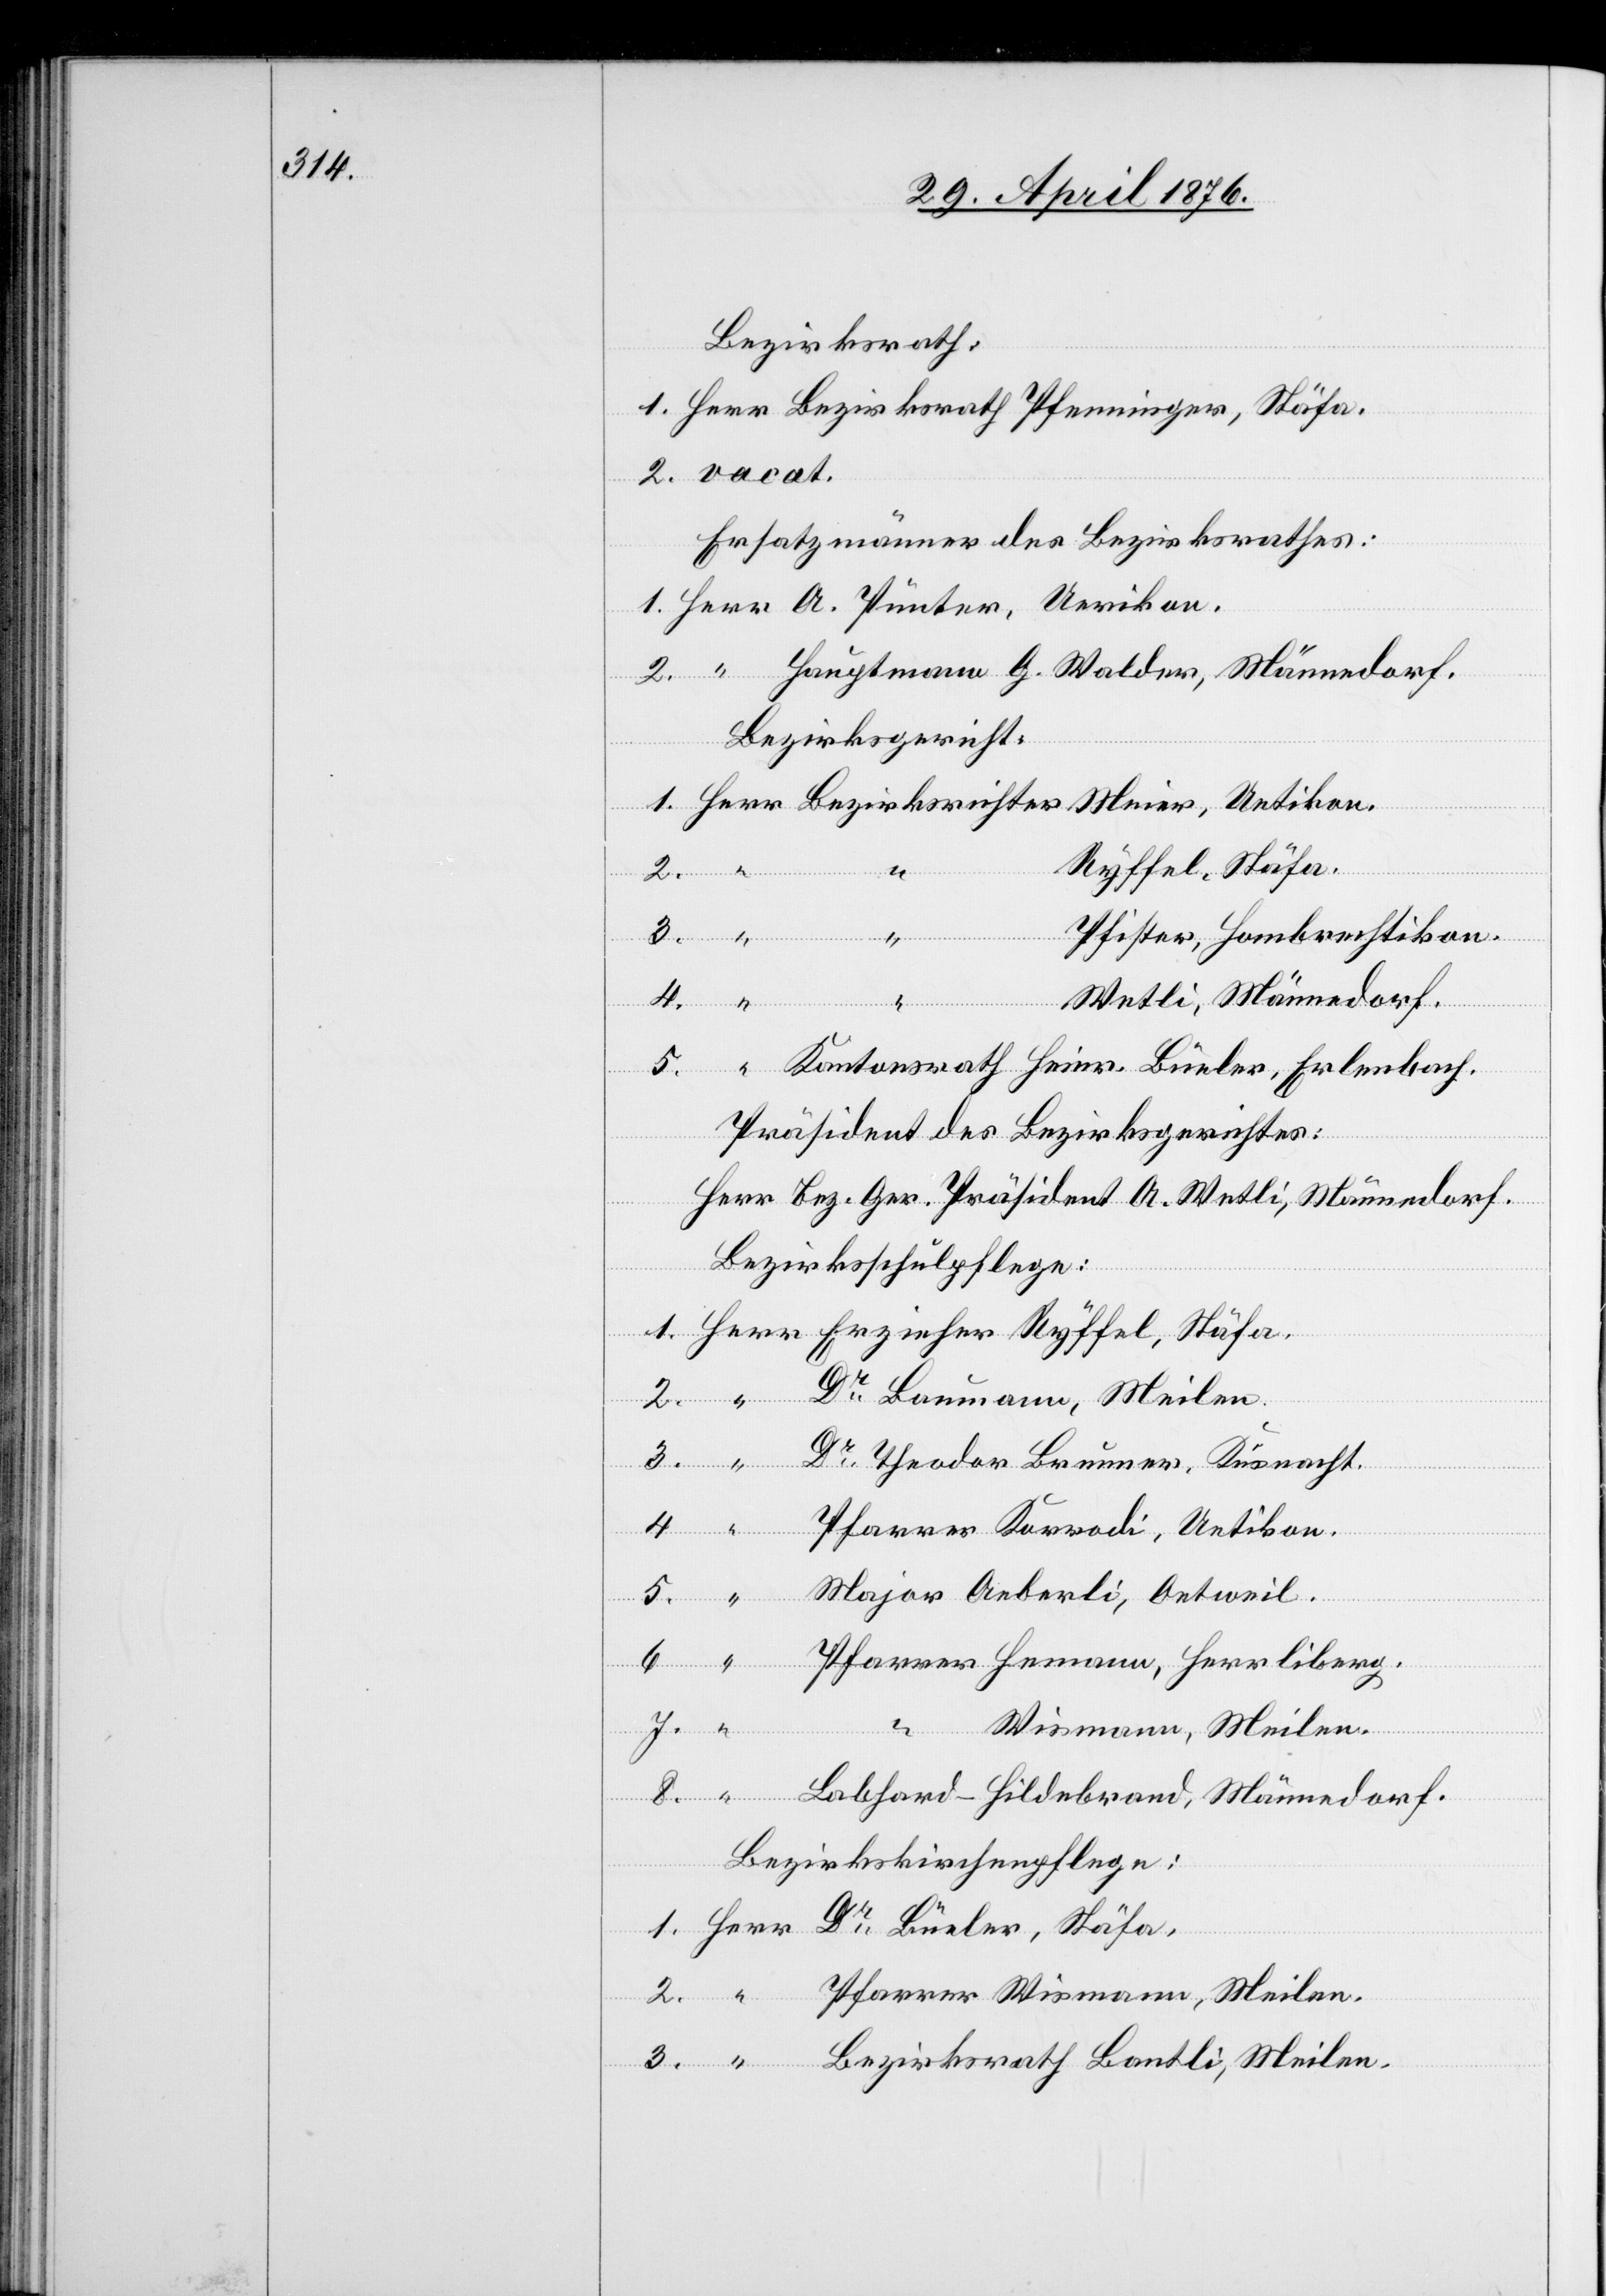
Bezirksrath
Ersatzmänner des Bezirksrathes:
Bezirksgericht:
Ryffel, Stäfa.
li,
2.
3.
ksrichter
Pfister, Hombrechtikon.
Welti, Männedorf.
5.
ünder,
Präsident des Bezirksgerichtes:
“
“
Herr Bez. Ger. Präsident A. Welti, Männedorf.
Bezirksschulpflege:
Dr Baumann, Meilen.
Meilen.
Dr Theodor Brunner, Küsnacht.
Bant¬
Wiesmann, Meilen.
Pfarrer
Labhard-Hildebrand, Männedorf.
Bezirkskirchenpflege: